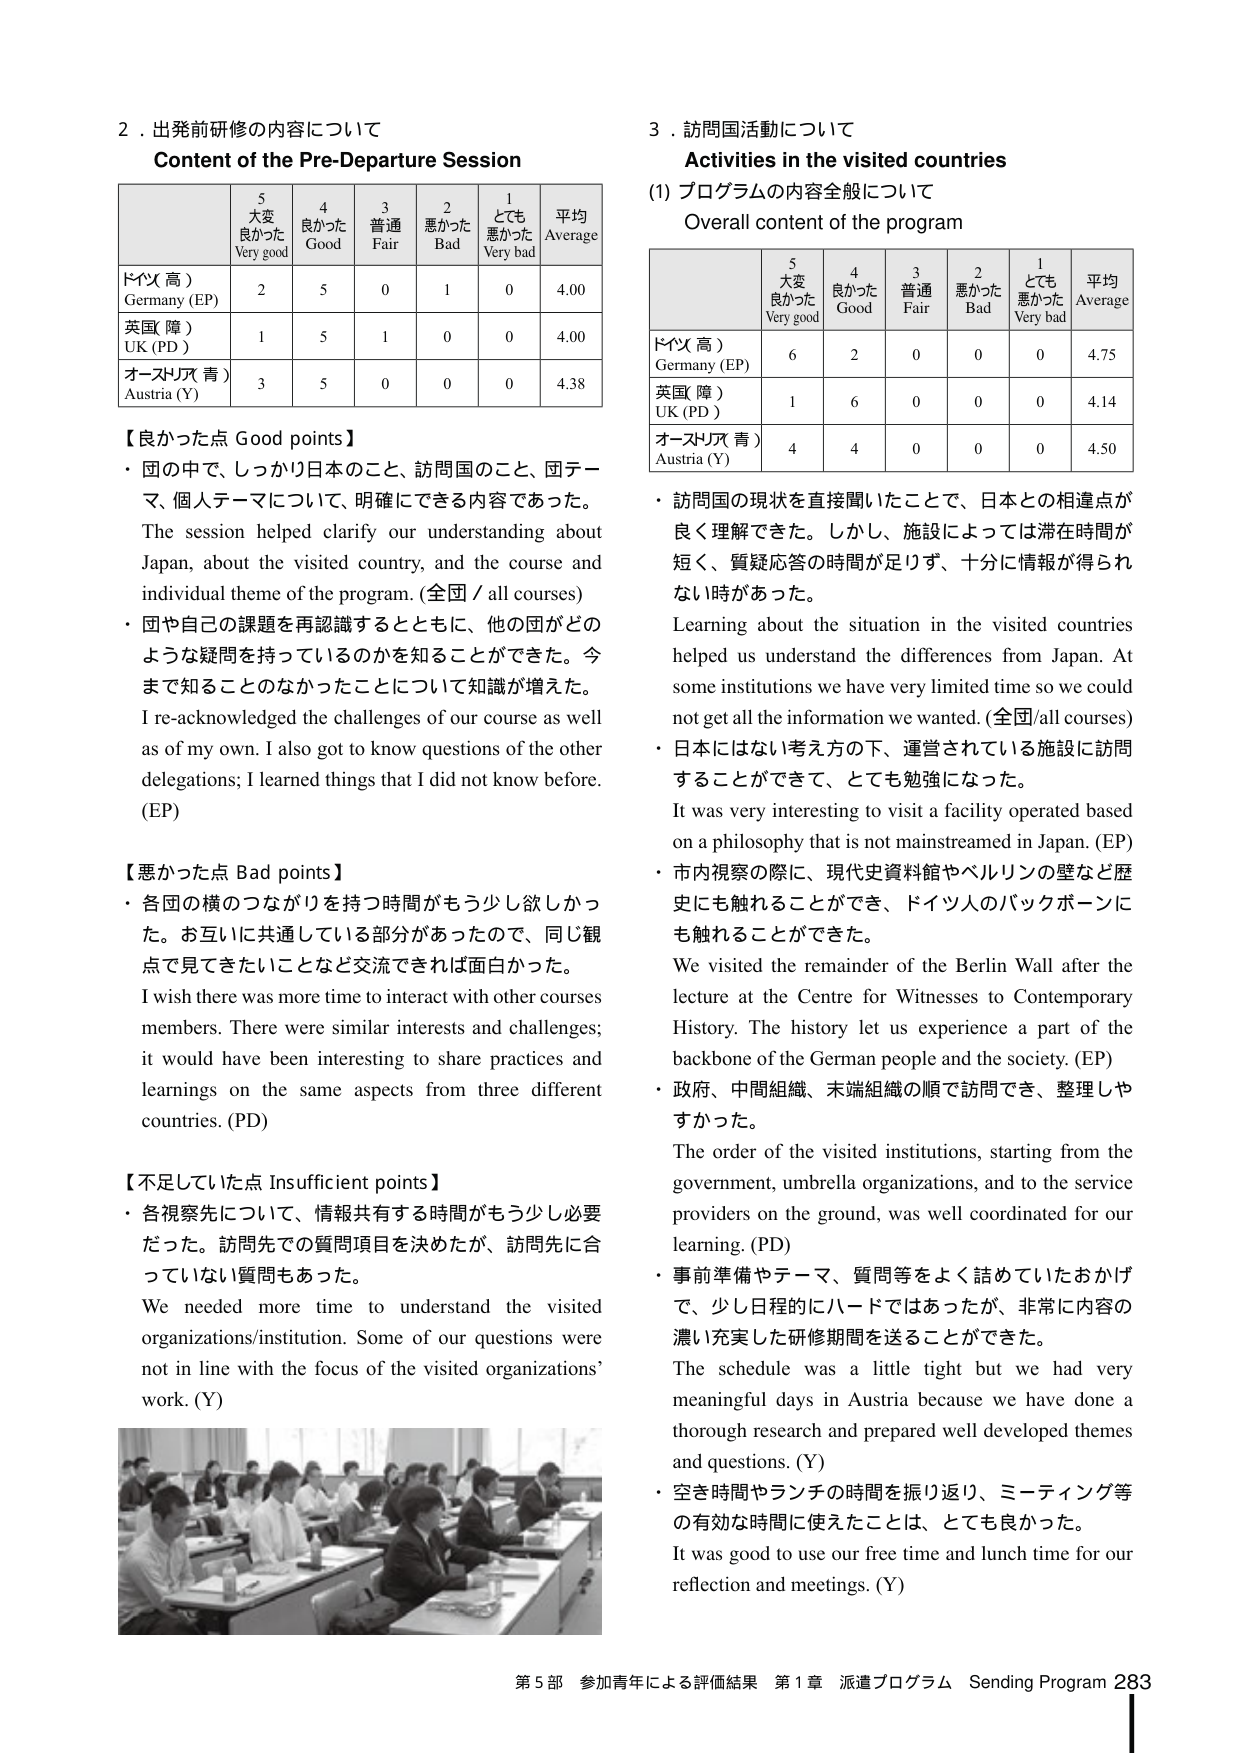
2．出発前研修の内容について
Content of the Pre-Departure Session

| | 5 大変良かた Very good | 4 良かた Good | 3 普通 Fair | 2 悪かた Bad | 1 とても悪かた Very bad | 平均 Average |
|---|---|---|---|---|---|---|
| ドイツ（高） Germany (EP) | 2 | 5 | 0 | 1 | 0 | 4.00 |
| 英国（障） UK (PD) | 1 | 5 | 1 | 0 | 0 | 4.00 |
| オーストリア（青） Austria (Y) | 3 | 5 | 0 | 0 | 0 | 4.38 |

【良かった点 Good points】
・ 団の中で、しっかり日本のこと、訪問国のこと、国テーマ、個人テーマについて、明確にできる内容であった。
The session helped clarify our understanding about Japan, about the visited country, and the course and individual theme of the program. (全国 / all courses)
・ 団や自分の課題を再認識するとともに、他の団がどのような疑問を持っているのかを知ることができた。今まで知ることのなかったことについて知識が増えた。
I re-acknowledged the challenges of our course as well as of my own. I also got to know questions of the other delegations; I learned things that I did not know before. (EP)

【悪かった点 Bad points】
・ 各国の横のつながりを持つ時間がもう少し欲しかった。お互いに共通している部分があったので、同じ観点で見てきたいことなど交流できれば面白かった。
I wish there was more time to interact with other courses members. There were similar interests and challenges; it would have been interesting to share practices and learnings on the same aspects from three different countries. (PD)

【不足していた点 Insufficient points】
・ 各視察先について、情報共有する時間ももう少し必要だった。訪問先での質問項目を決めたが、訪問先に合っていない質問もあった。
We needed more time to understand the visited organizations/institution. Some of our questions were not in line with the focus of the visited organizations’ work. (Y)

3．訪問国活動について
Activities in the visited countries
(1) プログラムの内容全般について
Overall content of the program

| | 5 大変良かた Very good | 4 良かた Good | 3 普通 Fair | 2 悪かた Bad | 1 とても悪かた Very bad | 平均 Average |
|---|---|---|---|---|---|---|
| ドイツ（高） Germany (EP) | 6 | 2 | 0 | 0 | 0 | 4.75 |
| 英国（障） UK (PD) | 1 | 6 | 0 | 0 | 0 | 4.14 |
| オーストリア（青） Austria (Y) | 4 | 4 | 0 | 0 | 0 | 4.50 |

・ 訪問国の現状を直接聞いたことで、日本との相違点が良く理解できた。しかし、施設によっては滞在時間が短く、質疑応答の時間が足りず、十分に情報が得られない時があった。
Learning about the situation in the visited countries helped us understand the differences from Japan. At some institutions we have very limited time so we could not get all the information we wanted. (全国/all courses)
・ 日本にはない考え方の下、運営されている施設に訪問することができて、とても勉強になった。
It was very interesting to visit a facility operated based on a philosophy that is not mainstreamed in Japan. (EP)
・ 市内視察の際に、現代史資料館やベルリンの壁など歴史にも触れることができ、ドイツ人のバックボーンにも触れることができた。
We visited the remainder of the Berlin Wall after the lecture at the Centre for Witnesses to Contemporary History. The history let us experience a part of the backbone of the German people and the society. (EP)
・ 政府、中間組織、末端組織の順で訪問でき、整理しやすかった。
The order of the visited institutions, starting from the government, umbrella organizations, and to the service providers on the ground, was well coordinated for our learning. (PD)
・ 事前準備やテーマ、質問等をよく詰めていたおかげで、少し日程的にハードではあったが、非常に内容の濃い充実した研修期間を送ることができた。
The schedule was a little tight but we had very meaningful days in Austria because we have done a thorough research and prepared well developed themes and questions. (Y)
・ 空き時間やランチの時間を振り返り、ミーティング等の有効な時間に使えたことは、とても良かった。
It was good to use our free time and lunch time for our reflection and meetings. (Y)

第5部 参加青年による評価結果 第1章 派遣プログラム Sending Program 283